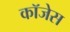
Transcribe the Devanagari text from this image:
कॉजेस